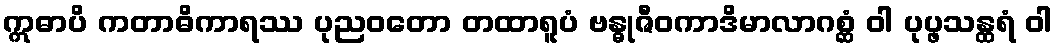
ဣဓာပိ ကတာဓိကာရဿ ပုညဝတော တထာရူပံ ဗန္ဓုဇီဝကာဒိမာလာဂစ္ဆံ ဝါ ပုပ္ဖသန္ထရံ ဝါ